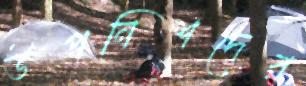
উপনিশদের